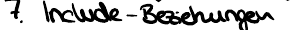
7. Include-Beziehungen